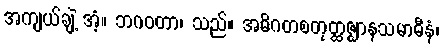
အကျယ်ချဲ့ အံ့။ ဘဂဝတာ၊ သည်။ အဓိဂတစတုတ္ထဇ္ဈာနသမာဓီနံ၊